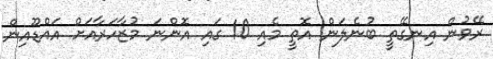
ރޭވުން އިނގޭތީ ބުނެލަން އޮތީ މެއި 10 ގައި އޮންނަ މުޒާހަރާއަށް އައްޑޫއިން